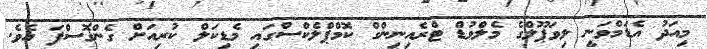
މިއަދު އެޑަމްވަނީ ލިވަޕޫލްގެ މެލްވުޑް ޓްރެއިނިންގް ކޮމްޕްލެކްސްގައި މެޑިކަލް ކުރިއަށް ގެންގޮސްފަ އެވެ.